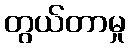
တွယ်တာမှု